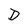
Character: D